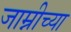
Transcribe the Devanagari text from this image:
जाम्नीच्या